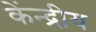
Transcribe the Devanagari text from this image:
केंन्‍द्रीय